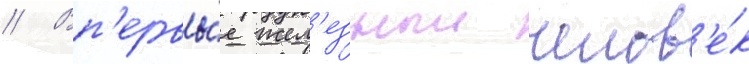
// Вп'ервы́е жел'езныи челов'е́к